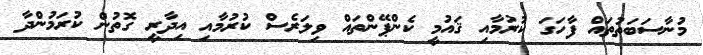
މުނާސަބަތުތައް ފާހަގަ ކުރުމާއި ޤައުމީ ކެންޕޭންތައް ވިލަރެސް ކުރުމާއި އިދާރީ ގޮތުން ކުރަމުންދާ